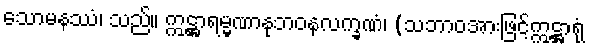
သောမနဿံ၊ သည်။ ဣဋ္ဌာရမ္မဏာနုဘဝနလက္ခဏံ၊ (သဘာဝအားဖြင့်ဣဋ္ဌာရုံ